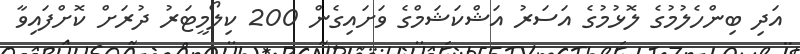
އަދި ބިންހެލުމުގެ ލޮޅުމުގެ އަސަރު އަޝްކަޝަމްގެ ވަށައިގެން 200 ކިލޯމީޓަރު ދުރަށް ކޮށްފައިވާ